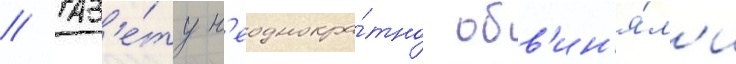
// Газ'е́ту н'еоднокра́тно обв'ин'я́л'и